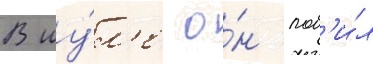
В иу́л'е о́н поб'и́л